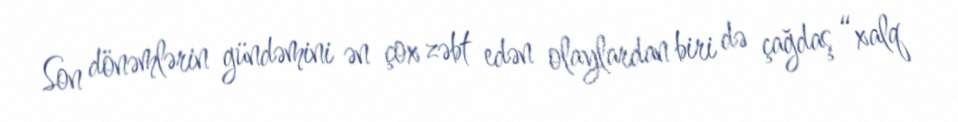
Son dönəmlərin gündəmini ən çox zəbt edən olaylardan biri də çağdaş “xalq